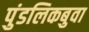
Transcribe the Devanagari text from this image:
पुंडलिकबुवा